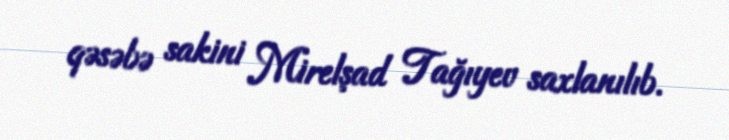
qəsəbə sakini Mirelşad Tağıyev saxlanılıb.